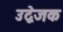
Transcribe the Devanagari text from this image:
उद्वेजक